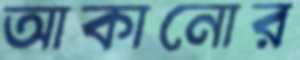
আকানোর